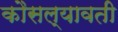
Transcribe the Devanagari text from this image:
कौसल्यावती